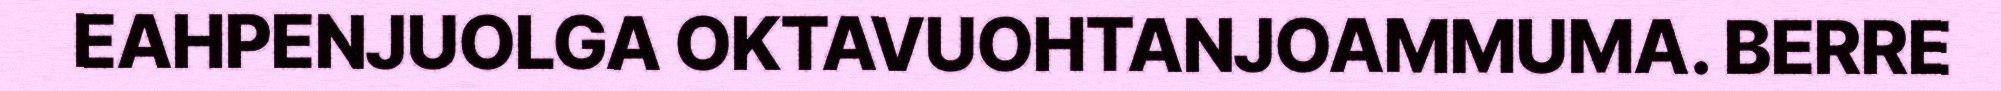
EAHPENJUOLGA OKTAVUOHTANJOAMMUMA. BERRE